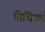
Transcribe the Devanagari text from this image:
विधिपूर्ण